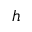
h